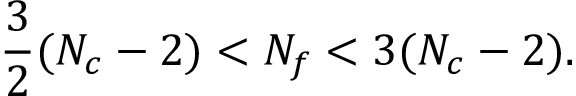
\frac { 3 } { 2 } ( N _ { c } - 2 ) < N _ { f } < 3 ( N _ { c } - 2 ) .